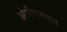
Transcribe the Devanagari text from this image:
ओपीएमएल